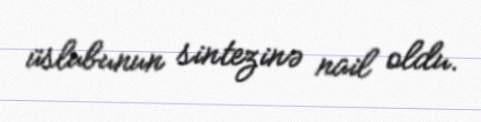
üslubunun sintezinə nail oldu.